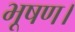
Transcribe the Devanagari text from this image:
भूषण।